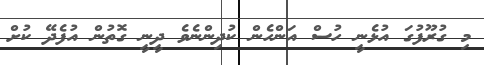
މި ގުރޫފުގަ އުޅެނީ ހުސް އަންހެން ކުދިންނެވެ ދީނީ ގޮތުން އުފެދޭ ކުށް